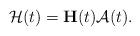
LaTeX: \begin{align*}\mathcal{H}(t)={\bf H}(t)\mathcal{A}(t).\end{align*}